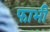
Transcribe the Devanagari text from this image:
फाभी